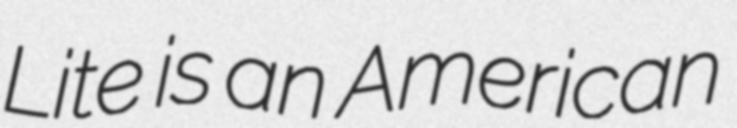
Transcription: Lite is an American